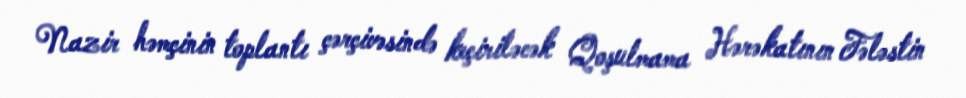
Nazir həmçinin toplantı çərçivəsində keçiriləcək Qoşulmama Hərəkatının Fələstin